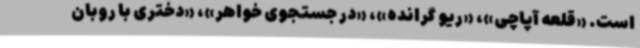
است. «قلعه آپاچی»، «ریو گرانده»، «در جستجوی خواهر»، «دختری با روبان